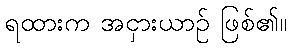
ရထားက အငှားယာဉ် ဖြစ်၏။